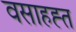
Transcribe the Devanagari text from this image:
वसाहह्त